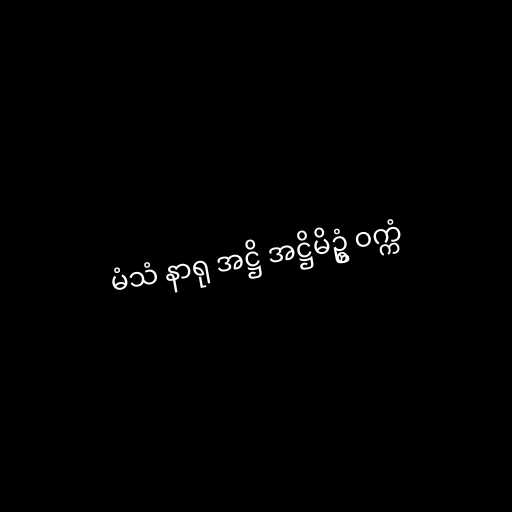
မံသံ နာရု အဋ္ဌိ အဋ္ဌိမိဥ္စံ ဝက္ကံ